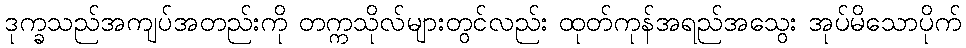
ဒုက္ခသည်အကျပ်အတည်းကို တက္ကသိုလ်များတွင်လည်း ထုတ်ကုန်အရည်အသွေး အုပ်မိသောပိုက်